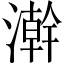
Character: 澣